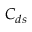
C _ { d s }